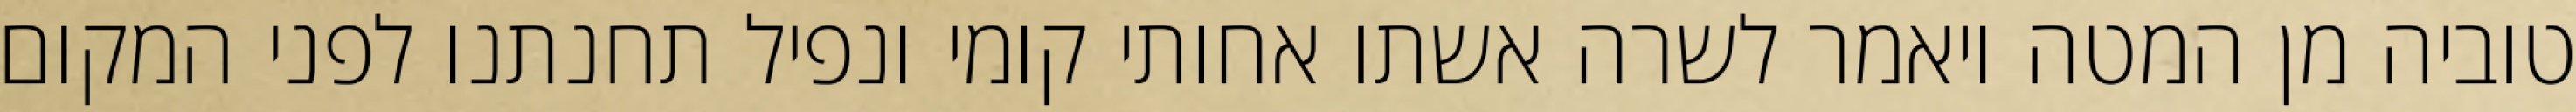
טוביה מן המטה ויאמר לשרה אשתו אחותי קומי ונפיל תחנתנו לפני המקום